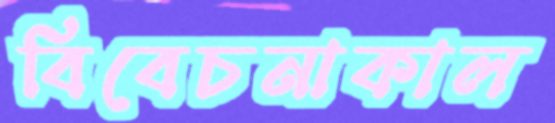
বিবেচনাকাল